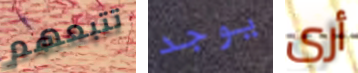
تتبعهم يوجد أرى